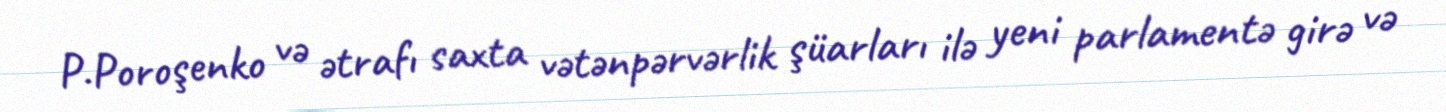
P.Poroşenko və ətrafı saxta vətənpərvərlik şüarları ilə yeni parlamentə girə və